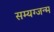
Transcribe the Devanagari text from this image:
सम्यग्जन्म